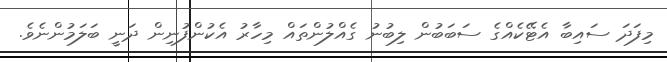
މިފަދަ ސައިބާ އެޓޭކެއްގެ ސަބަބުން ލިބުނު ގެއްލުންތައް މިހާރު އެކުންފުނިން ދަނީ ބަލަމުންނެވެ.